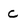
Character: C